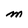
Character: m